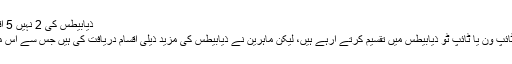
ذیابیطس کی 2 نہیں 5 اقسام ہوتی ہیں، ماہرین | Friday Special
اب تک ہم ذیابیطس یا شوگر کے مرض کو ٹائپ ون یا ٹائپ ٹو ذیابیطس میں تقسیم کرتے آرہے ہیں، لیکن ماہرین نے ذیابیطس کی مزید ذیلی اقسام دریافت کی ہیں جس سے اس مرض کے علاج میں بہت مدد مل سکے گی۔